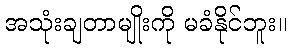
အသုံးချတာမျိုးကို မခံနိုင်ဘူး။